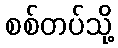
စစ်တပ်သို့